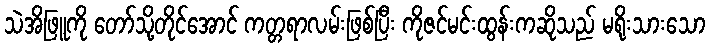
သဲအိဖြူကို တော်သို့တိုင်အောင် ကတ္တရာလမ်းဖြစ်ပြီး ကိုဇင်မင်းထွန်းကဆိုသည် မရိုးသားသော